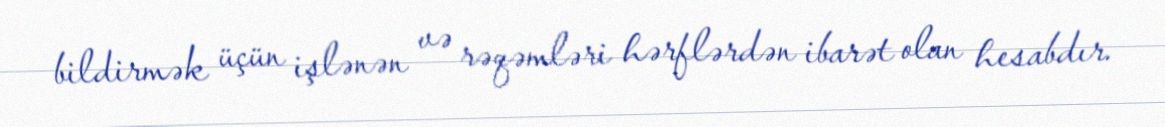
bildirmək üçün işlənən və rəqəmləri hərflərdən ibarət olan hesabdır.